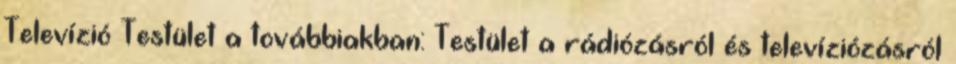
Televízió Testület a továbbiakban: Testület a rádiózásról és televíziózásról